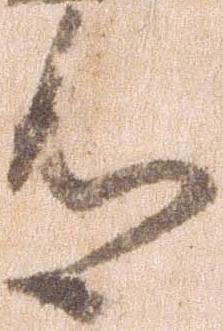
有